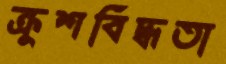
ক্রুশবিদ্ধতা